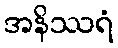
အနိဿရံ